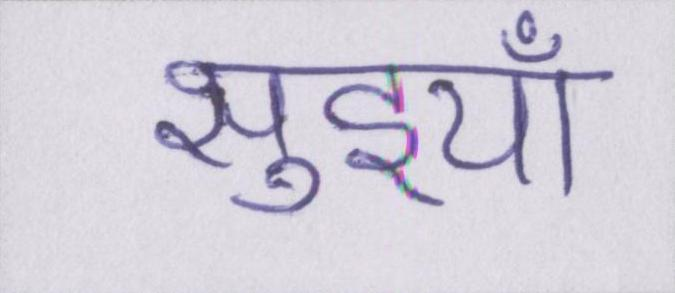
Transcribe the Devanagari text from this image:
सुइयाँ